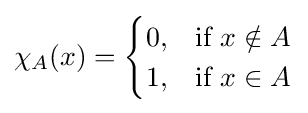
\chi _{A}(x)={\begin{cases}0,&{\mbox{if }}x\notin A\\1,&{\mbox{if }}x\in A\end{cases}}